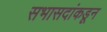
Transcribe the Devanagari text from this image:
सभासदांकडून